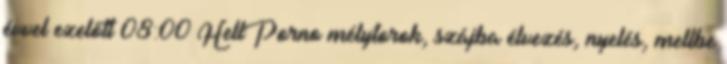
évvel ezelőtt 08:00 HellPorno mélytorok, szájba élvezés, nyelés, mellbe